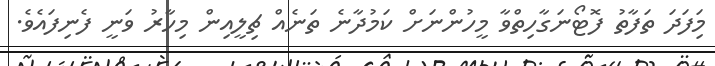
މިަފަދަ ތަފާތު ފޮޓޯނަގާހިތްވާ މީހުންނަށް ކަމުދާނެ ތަނެއް ޗިލީއިން މިހާރު ވަނީ ފެނިފައެވެ.